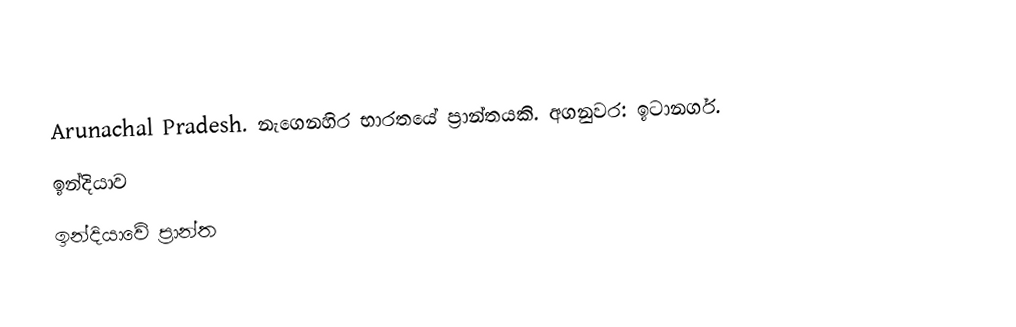
Arunachal Pradesh. නැගෙනහිර භාරතයේ ප්‍රාන්තයකි. අගනුවර: ඉටානගර්.
ඉන්දියාව
ඉන්දියාවේ ප්‍රාන්ත